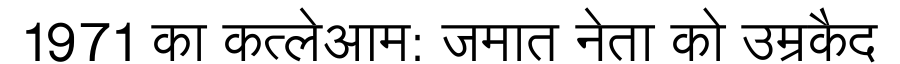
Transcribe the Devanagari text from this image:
1971 का कत्लेआम: जमात नेता को उम्रकैद